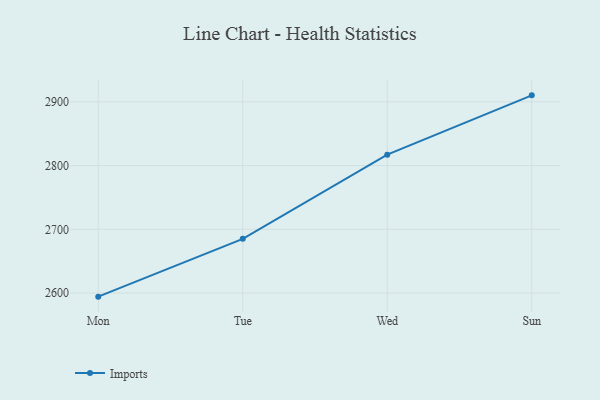
{"axis": {"x": "Day", "y": "Tickets Resolved"}, "legend": ["Imports"], "data": [{"x": "Mon", "y": 2594.3, "type": "Imports"}, {"x": "Tue", "y": 2685.0, "type": "Imports"}, {"x": "Wed", "y": 2817.1, "type": "Imports"}, {"x": "Sun", "y": 2910.2, "type": "Imports"}]}